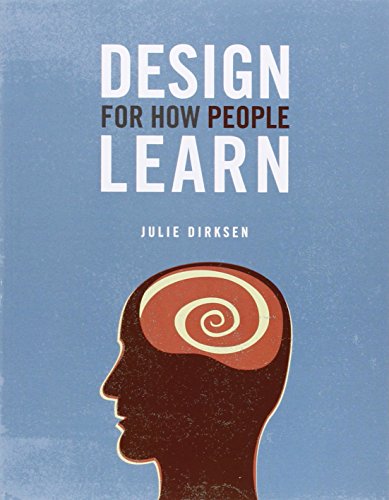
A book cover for Design For How People Learn (Voices That Matter); Julie Dirksen; Computers & Technology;